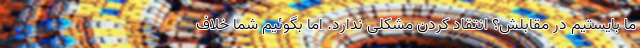
ما بایستیم در مقابلش؟ انتقاد کردن مشکلی ندارد. اما بگوئیم شما خلاف